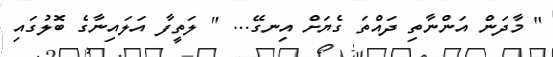
" މާދަން އަންނާތި ދައްތަ ގެޔަށް އިނގޭ... " ލަތީފާ އަލައިނާގެ ބޮލުގައި